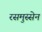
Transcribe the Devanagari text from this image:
रसमुस्सेन